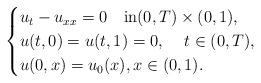
LaTeX: \begin{align*}\begin{cases}u_{t}-u_{xx} =0\quad\mbox{in}(0,T)\times(0,1),\\u(t,0)=u(t,1)=0,\quad\,t\in (0,T), \\u(0,x)=u_{0}(x),x\in (0,1).\end{cases}\end{align*}